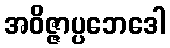
အဝိဇ္ဇာပ္ပဘေဒေါ